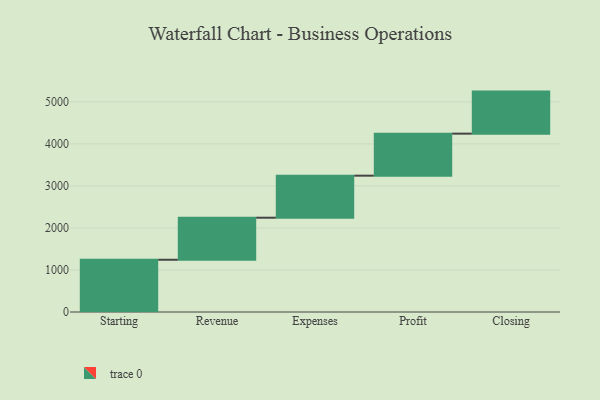
{"axis": {"x": "Step", "y": "Value"}, "legend": [""], "data": [{"x": "Starting", "y": 1243.0, "type": ""}, {"x": "Revenue", "y": 1000, "type": ""}, {"x": "Expenses", "y": 1000, "type": ""}, {"x": "Profit", "y": 1000, "type": ""}, {"x": "Closing", "y": 1000, "type": ""}]}